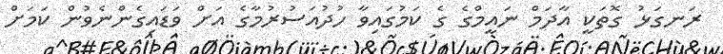
ރަނގަޅު ގޮތަކީ އާދަމް ނައީމްގެ ގެ ކަމުގައިވާ ހުދުއަސުރުމާގެ އަށް ވަޑައިގެންނެވުން ކަމަށް